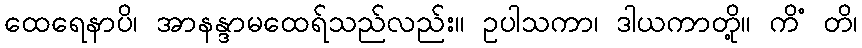
ထေရေနာပိ၊ အာနန္ဒာမထေရ်သည်လည်း။ ဥပါသကာ၊ ဒါယကာတို့။ ကိံ တိ၊